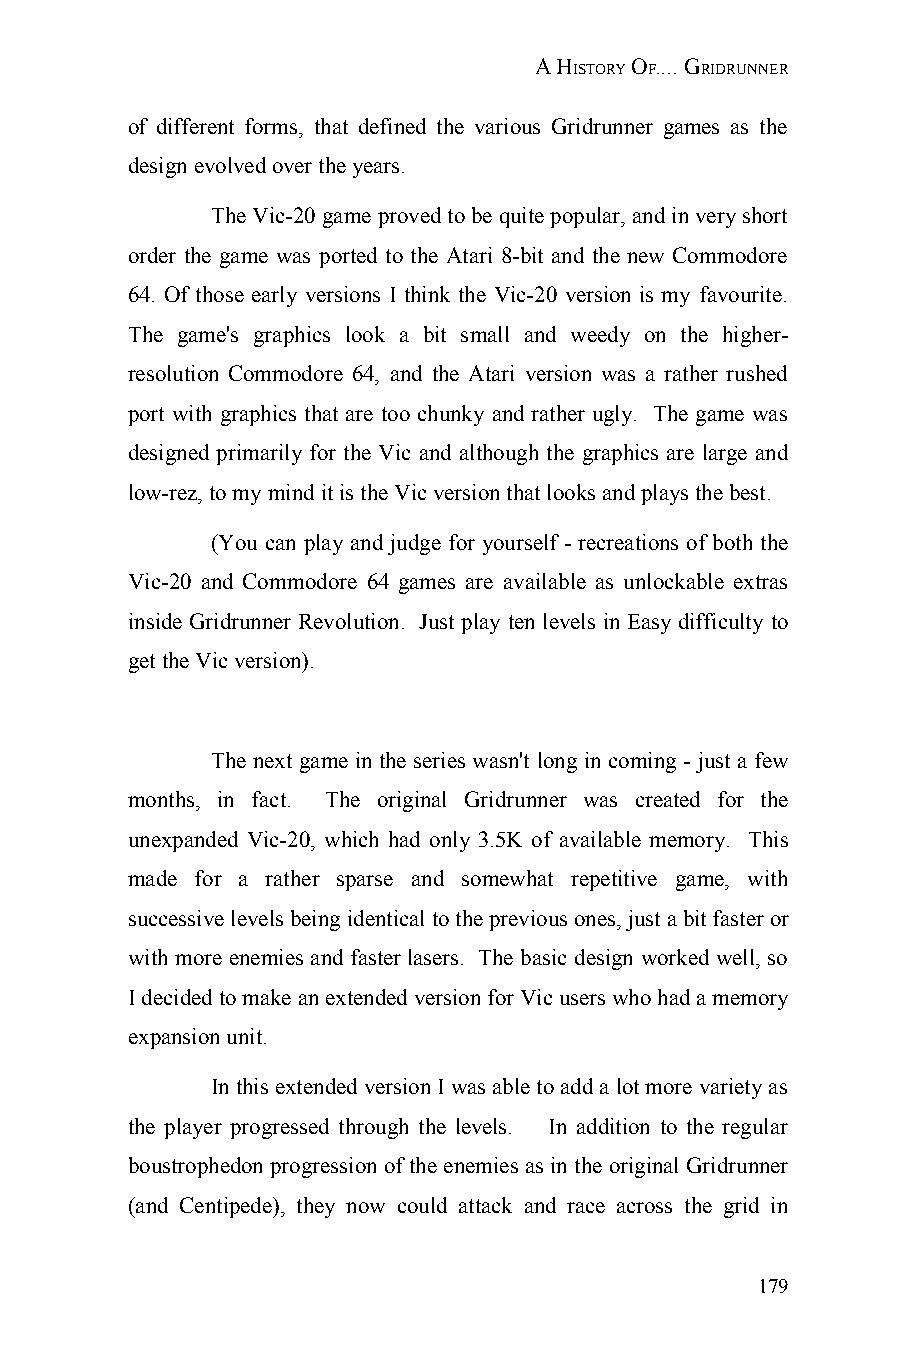
A HISTORY OF.... GRIDRUNNER
 of different forms, that defined the various Gridrunner games as the
 design evolved over the years.
 The Vic-20 game proved to be quite popular, and in very short
 order the game was ported to the Atari 8-bit and the new Commodore
 64. Of those early versions I think the Vic-20 version is my favourite.
 The game's graphics look a bit small and weedy on the higher-
 resolution Commodore 64, and the Atari version was a rather rushed
 port with graphics that are too chunky and rather ugly. The game was
 designed primarily for the Vic and although the graphics are large and
 low-rez, to my mind it is the Vic version that looks and plays the best.
 (You can play and judge for yourself - recreations of both the
 Vic-20 and Commodore 64 games are available as unlockable extras
 inside Gridrunner Revolution. Just play ten levels in Easy difficulty to
 get the Vic version).
 The next game in the series wasn't long in coming - just a few
 months, in fact. The original Gridrunner was created for the
 unexpanded Vic-20, which had only 3.5K of available memory. This
 made for a rather sparse and somewhat repetitive game, with
 successive levels being identical to the previous ones, just a bit faster or
 with more enemies and faster lasers. The basic design worked well, so
 I decided to make an extended version for Vic users who had a memory
 expansion unit.
 In this extended version I was able to add a lot more variety as
 the player progressed through the levels. In addition to the regular
 boustrophedon progression of the enemies as in the original Gridrunner
 (and Centipede), they now could attack and race across the grid in
 179